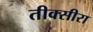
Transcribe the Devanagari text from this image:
तीक्सीरा